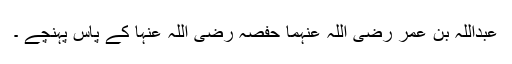
عبداللہ بن عمر رضی اللہ عنہما حفصہ رضی اللہ عنہا کے پاس پہنچے ۔